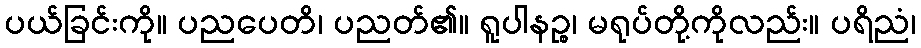
ပယ်ခြင်းကို။ ပညပေတိ၊ ပညတ်၏။ ရူပါနဉ္စ၊ မရုပ်တို့ကိုလည်း။ ပရိညံ၊